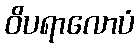
ဝိပရာလောပံ